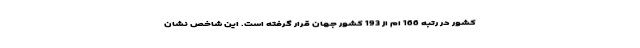
کشور در رتبه 166 ام از 193 کشور جهان قرار گرفته است. این شاخص نشان